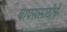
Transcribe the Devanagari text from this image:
वापरासाठीचे